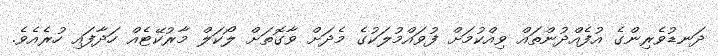
ދަނޑުވެރިންގެ އުފެއްދުންތައް ވިއްކުމަށް ފުވައްމުލަކުގެ މެދަށް ވާގޮތަށް ލޯކަލް މާރުކޭޓެއް ހަދާފައި ހުރެއެވެ.